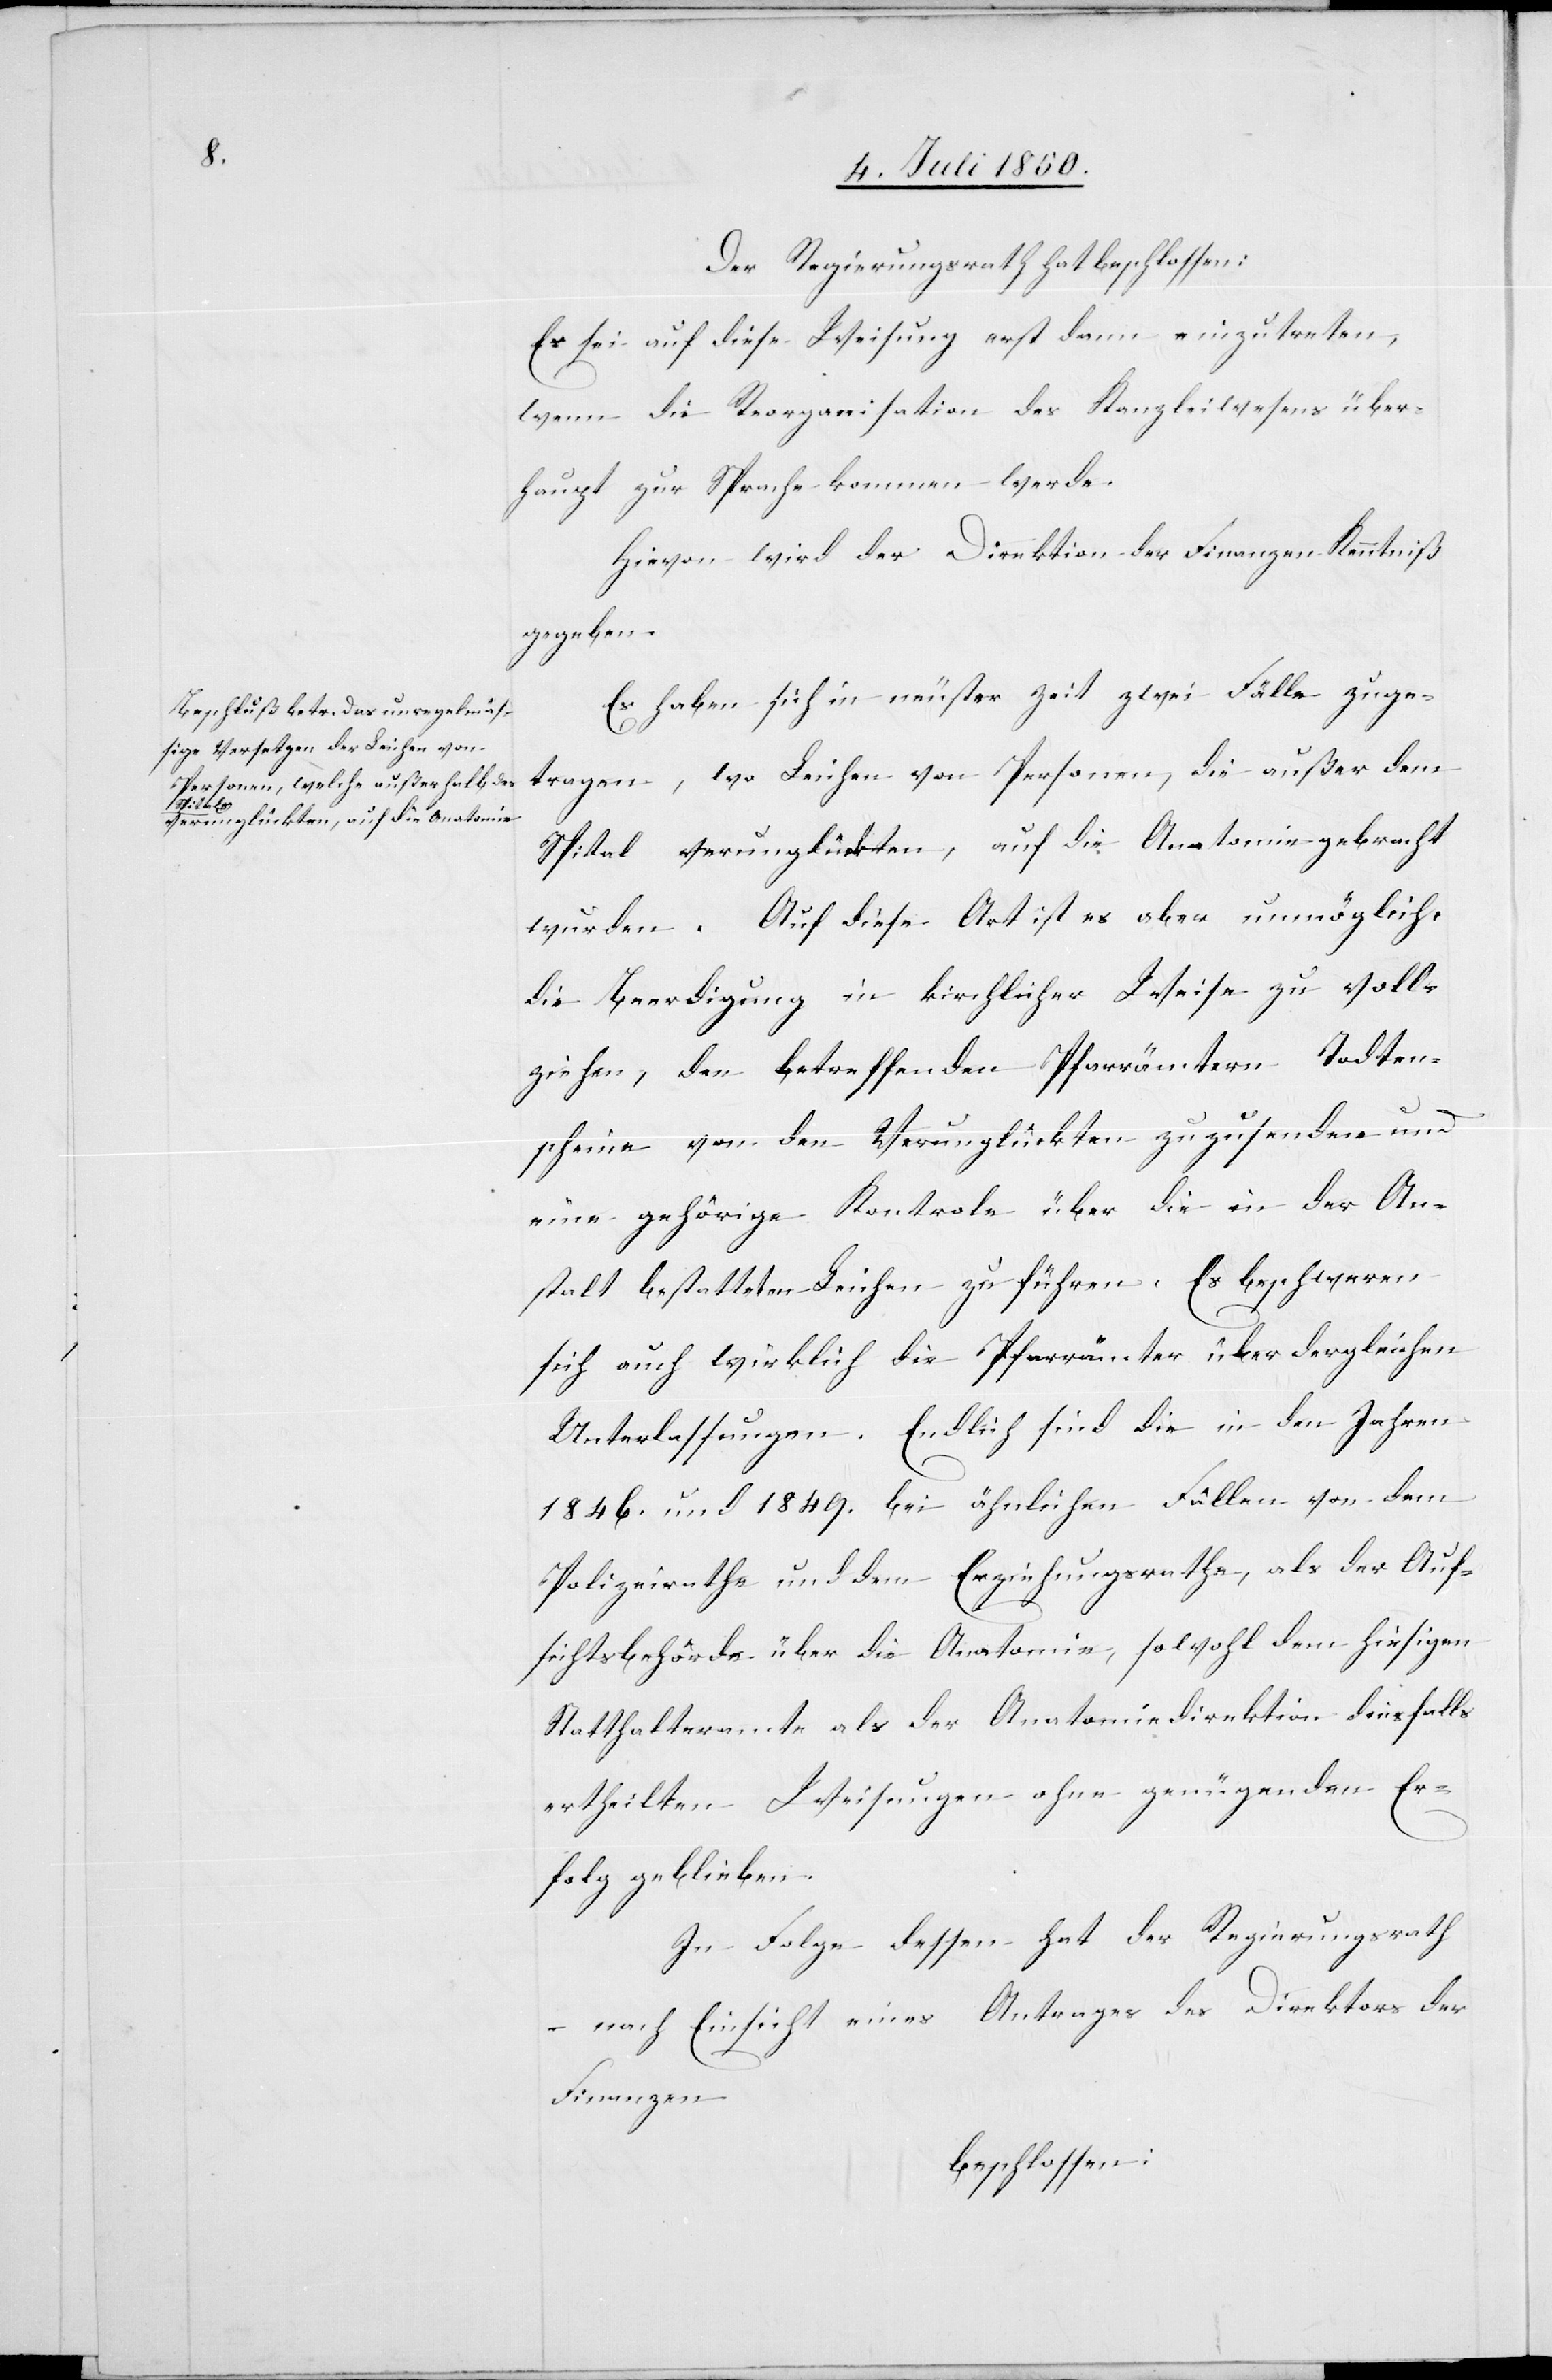
Der Regierungsrath hat beschlossen:
Es sei auf diese Weisung erst dann einzutreten,
wenn die Reorganisation des Kanzleiwesens über¬
haupt zur Sprache kommen werde.
Hievon wird der Direktion der Finanzen Kenntniß
gegeben.
Es haben sich in neuster Zeit zwei Fälle zuge¬
tragen, wo Leichen von Personen, die außer dem
Spital verunglückten, auf die Anatomie gebracht
wurden. Auf diese Art ist es aber unmöglich,
die Beerdigung in kirchlicher Weise zu voll¬
ziehen, den betreffenden Pfarrämtern Todten¬
scheine von den Verunglückten zuzusenden und
eine gehörige Kontrole über die in der An¬
stalt bestatteten Leichen zu führen. Es beschweren
sich auch wirklich die Pfarrämter über dergleichen
Unterlassungen. Endlich sind die in den Jahren
1846. und 1849. bei ähnlichen Fällen von dem
Polizeirathe und dem Erziehungsrathe, als der Auf¬
sichtsbehörde über die Anatomie, sowohl dem hiesigen
Statthalteramte als der Anatomiedirektion diesfalls
ertheilten Weisungen ohne genügenden Er¬
folg geblieben.
In Folge dessen hat der Regierungsrath
– nach Einsicht eines Antrages des Direktors der
Finanzen
beschlossen: